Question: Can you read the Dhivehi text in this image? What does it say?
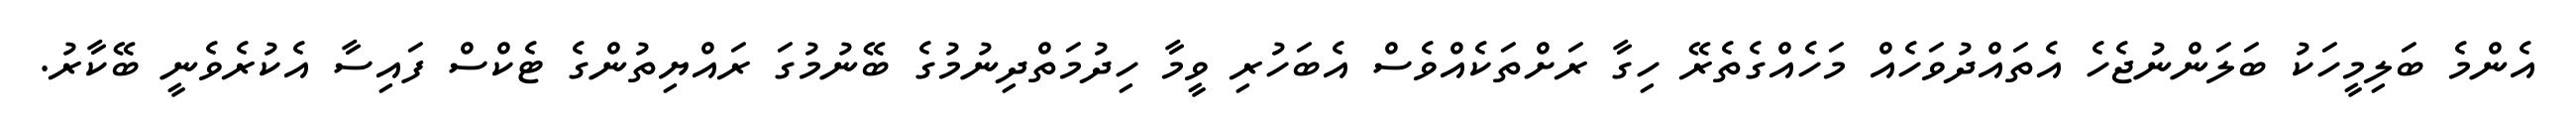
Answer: އެންމެ ބަލިމީހަކު ބަލަންނުޖެހެ އެތައްދުވަހެއް މަހެއްގެތެރޭ ހިގާ ރަށްތަކެއްވެސް އެބަހުރި ވީމާ ހިދުމަތްދިނުމުގެ ބޭނުމުގަ ރައްޔިތުންގެ ޓެކްސް ފައިސާ އެކުރެވެނީ ބޭކާރު.